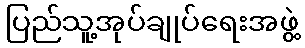
ပြည်သူ့အုပ်ချုပ်ရေးအဖွဲ့